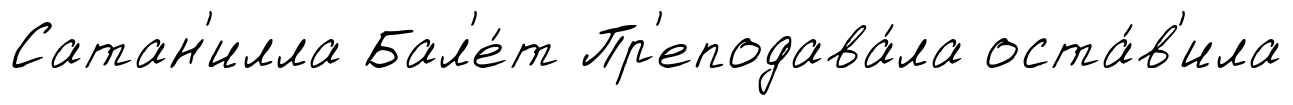
Сатан'илла Бал'е́т Пр'еподава́ла оста́в'ила